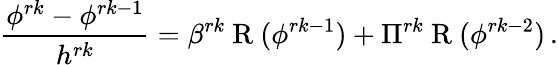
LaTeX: \frac{\phi^{rk}-\phi^{rk-1}}{{h^{rk}}}={\beta^{rk}}\mathrm{~R~}(\phi^{rk-1})+{\Pi^{rk}}\mathrm{~R~}(\phi^{rk-2})\, .